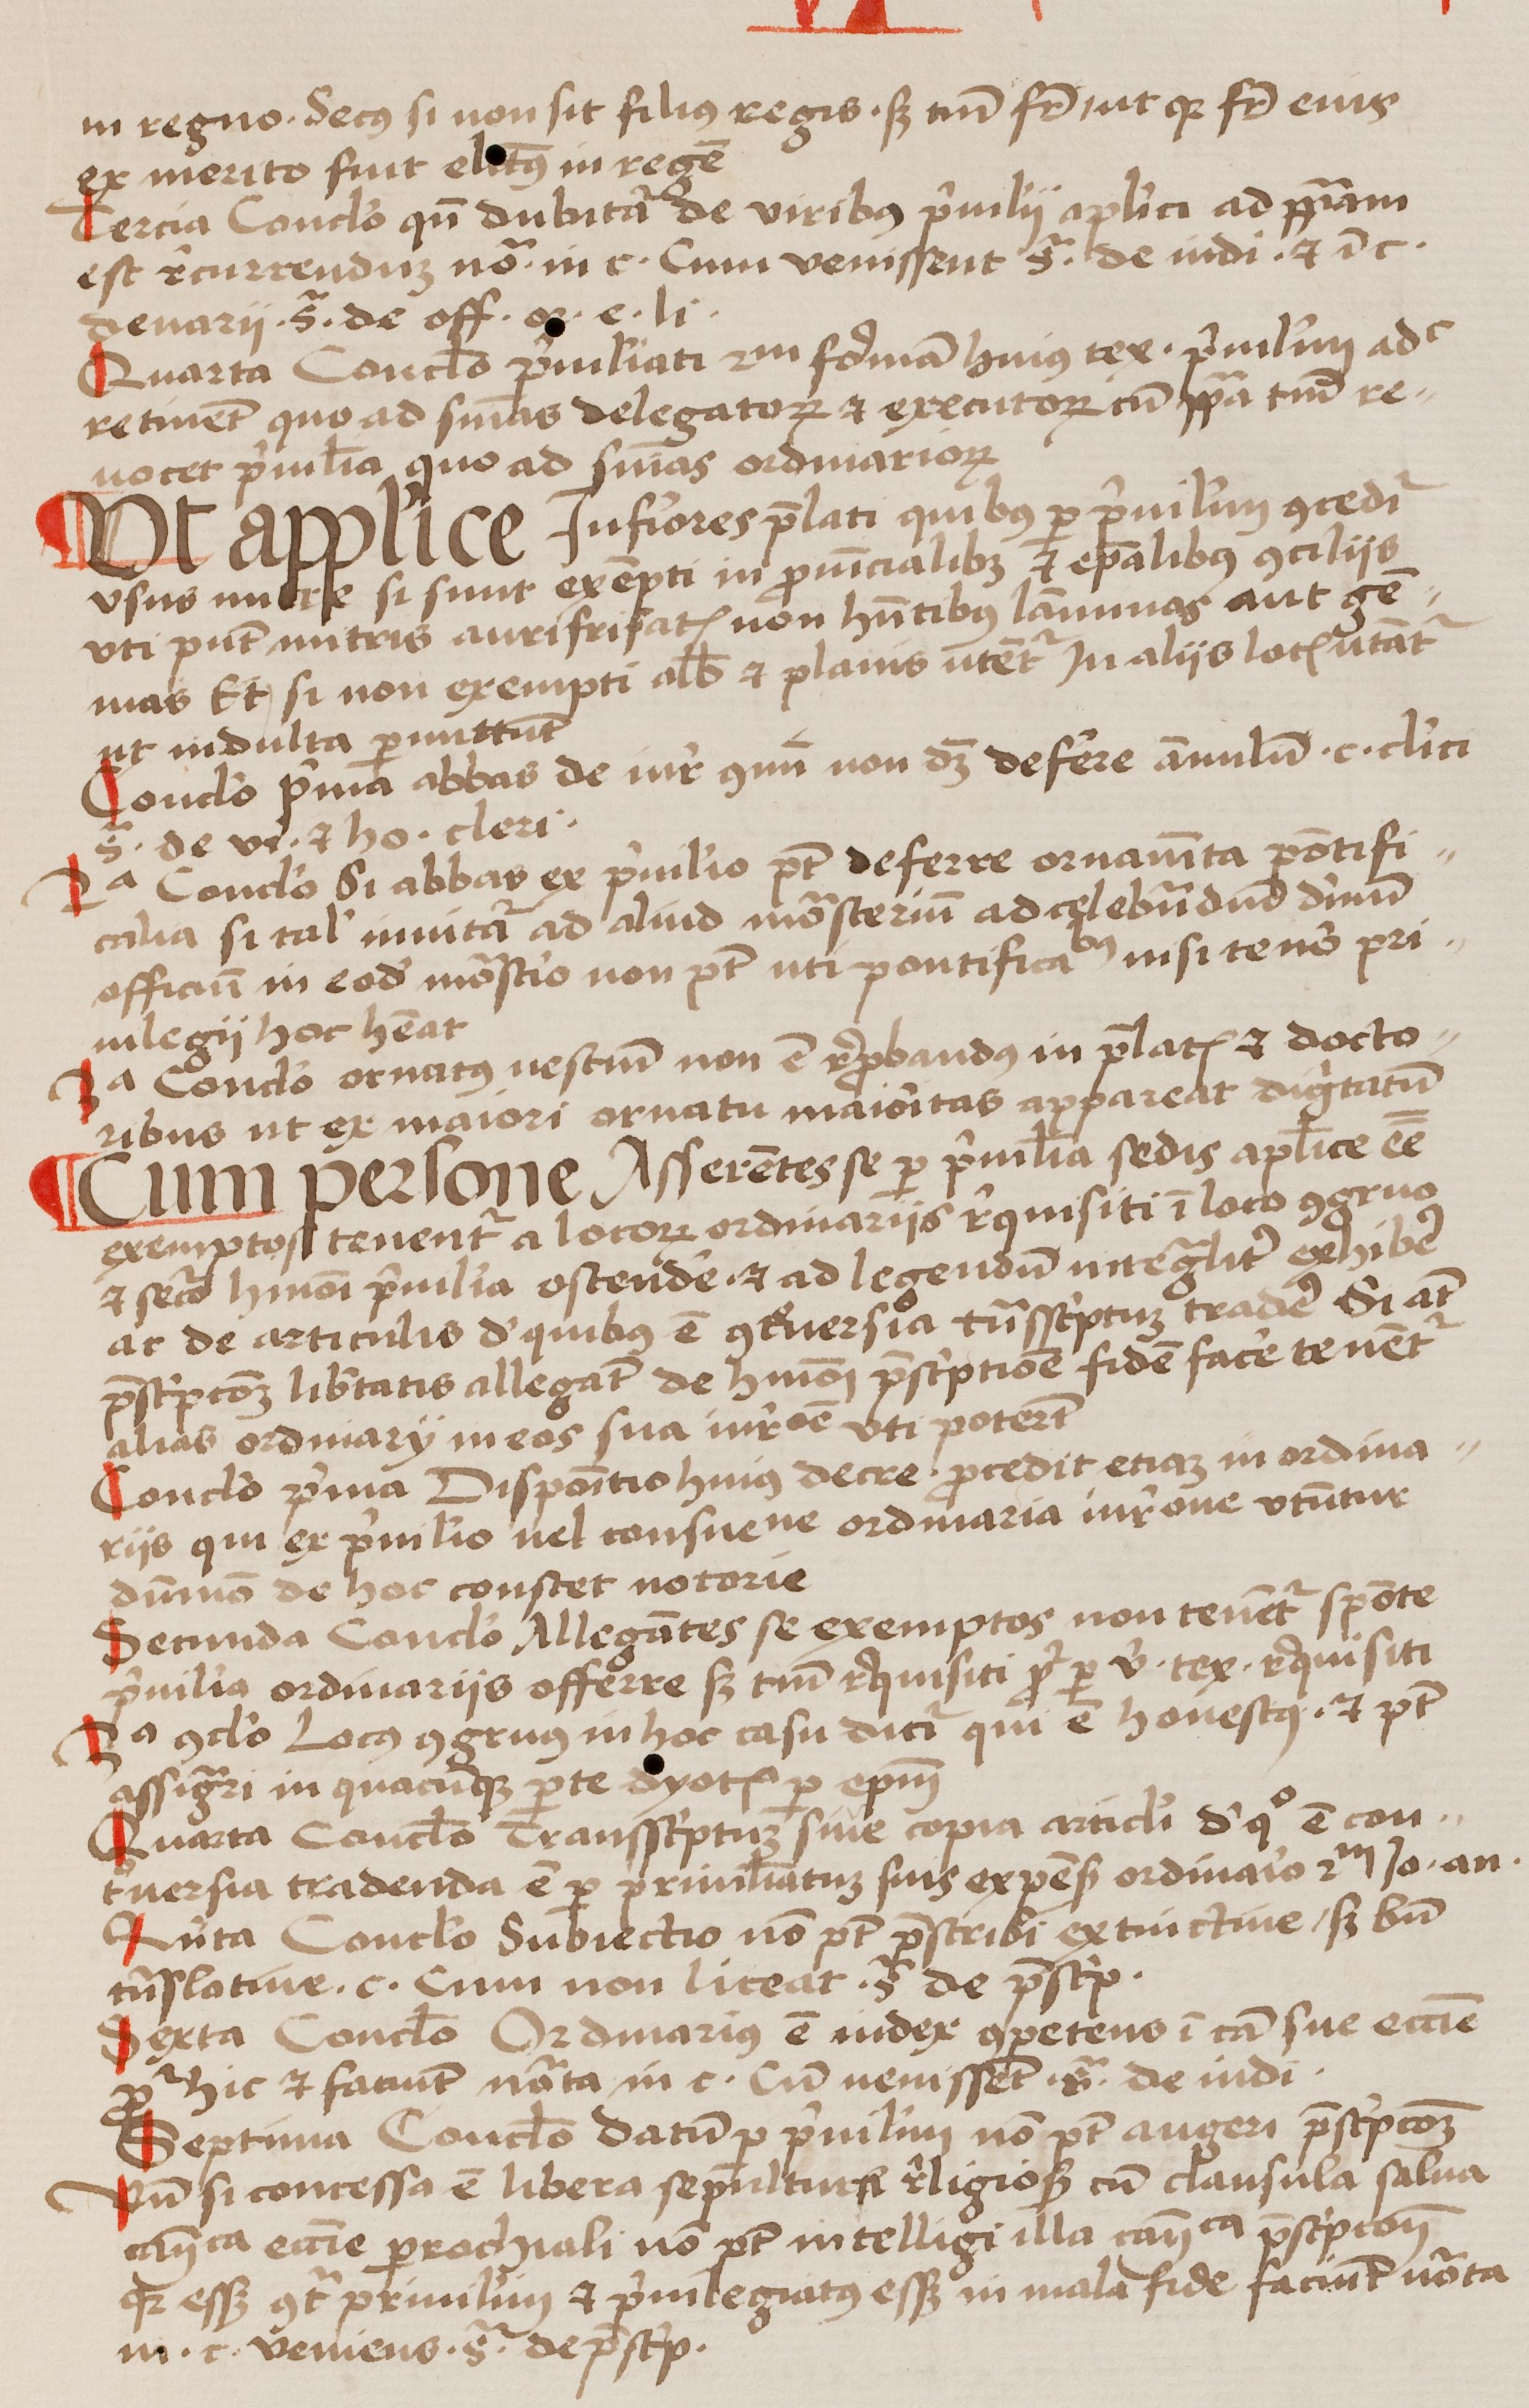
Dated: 1456–1486